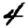
Digit: 4